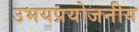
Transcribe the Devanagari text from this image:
उभयप्रयोजनीय